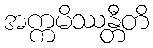
အက္ကမိဿန္တီတိ